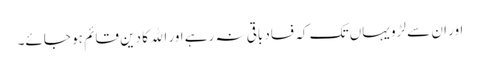
اور ان سے لڑو یہاں تک کہ فساد باقی نہ رہے اور الله کا دین قائم ہو جائے۔